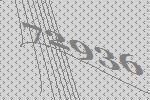
72936